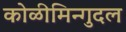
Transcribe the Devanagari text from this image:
कोळीमिन्गुदल